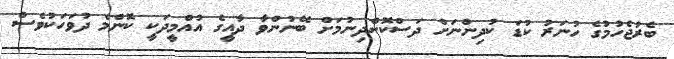
ބެރުޖެހުމުގެ ހުނަރު ކުޑަ ކުދިންނަށް ދަސްކޮށްދިނުމަށް ބޭނުންވާ ދާއީގެ އުއްމީދަކީ ކޮންމެ ދުވަހަކުވެސް